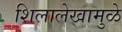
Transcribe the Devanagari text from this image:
शिलालेखामुळे